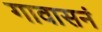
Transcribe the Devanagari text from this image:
गावासनं